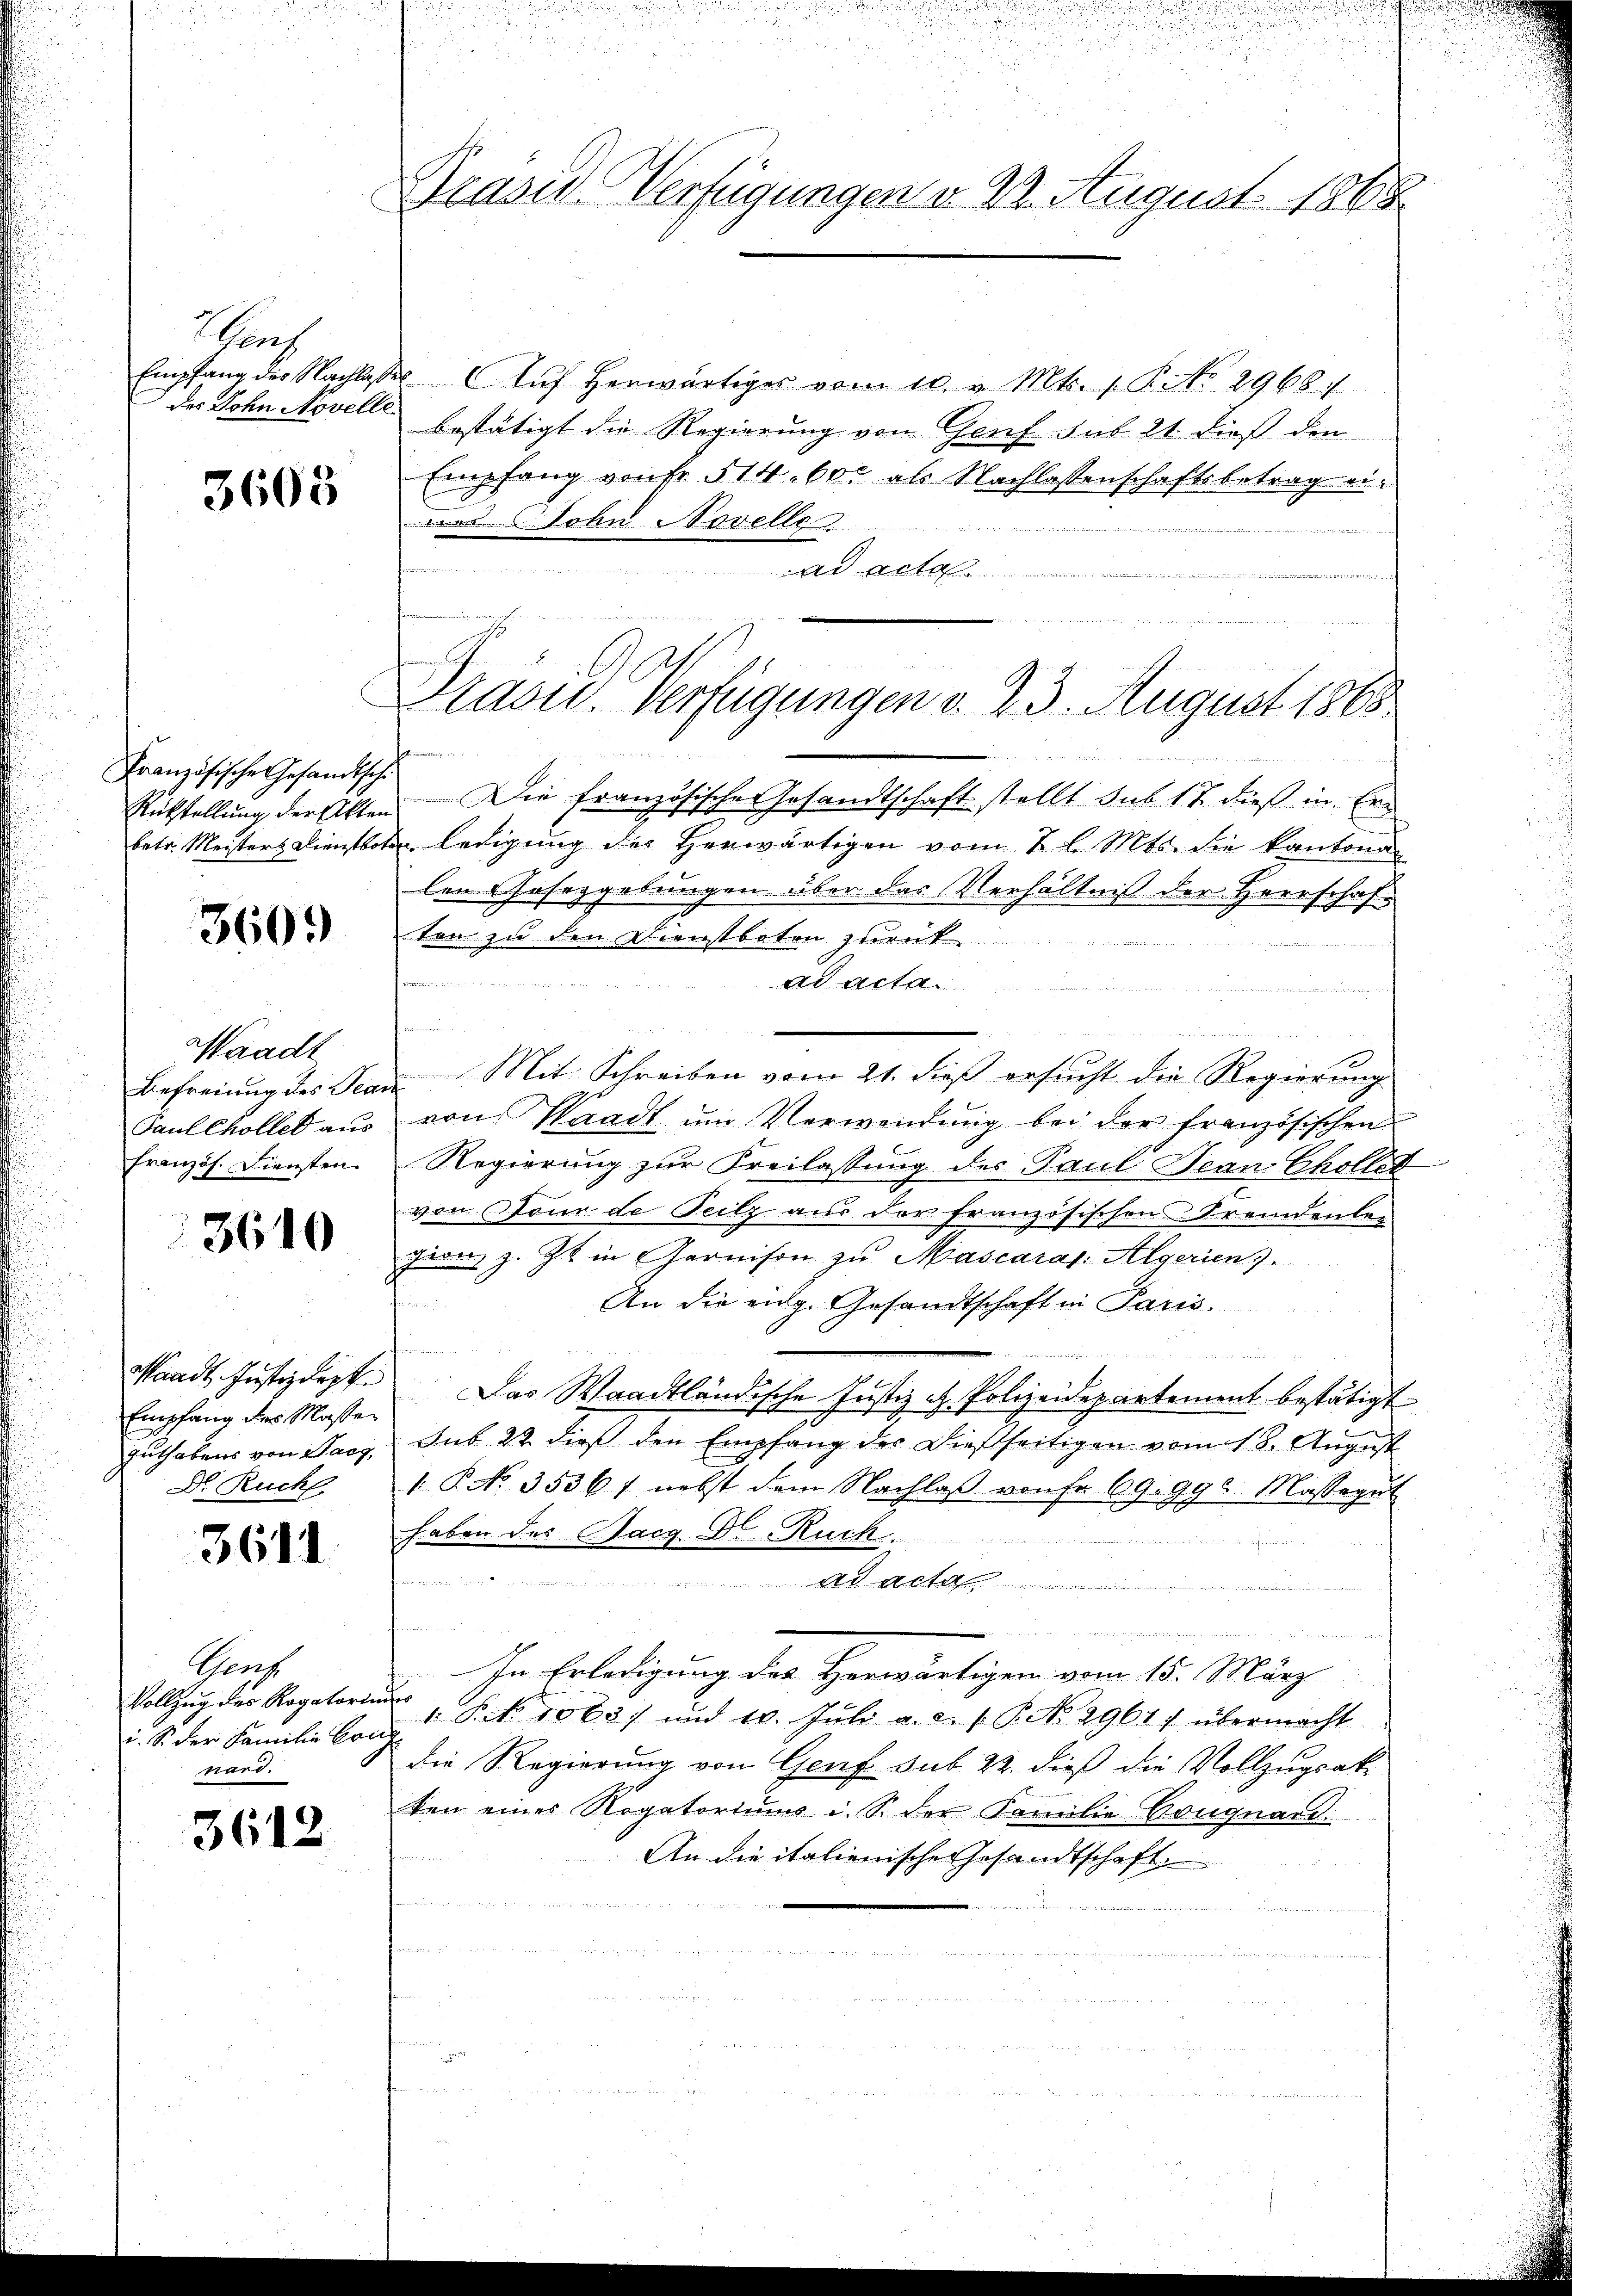
rrch
des Sohn Novelle

3608

Französische Gesandtsch
betr. Meisters Dienstbo¬

360.

Waadt
Befreiung des Tea
Paul Chöller aus
französ. Diensten

3610

Waadt, Justizdept
Empfang des Massen
Guthabens von Sarg,
Dr. Ruchf

3611

Graf
Vollzug des Rogatorin
i. So der Familie Cor
nars.

3612

Grasis Verfügungen v. 2. August 1865

Draou. Verfügungen d. 23. August 1868

Empfang der Nachlasser Aŭf herwärtiges vom 10. v. Mts. 1. P. NNo. 2968./
bestätigt die Regierung von Genf sub 21. dieß den
Empfang von Fr. 514. 600 als Nachlassenschaftsbetrag eidann Sohn Novelle

ad acto

Rückstellung der Akten. Die französische Gesandtschaft stellt sub 1. 7. dieß in Er-
In ledigung der Herwärtigen vom 7 l. Mts. die kantona
len Gesetzgebungen über das Verhältniß der Herrschaften zu den Dienstboten zurück

Bunden zu sei
Ad Act
n
 Fiebe
2
u. Mit Schreiben vom 21. dieß ersucht die Regierung
von Waadt ŭm Verwendung bei der französischen
Regierung zur Freilassung der Paul Jean Chollet
von Stone de Teilz aus der französischen Fremdenlegion, z. Zt. in Garnison zu Mascaras: Algeriens.
rin ein
An die eidg. Gesandtschaft in Paris.

Das Waadtländische Justiz - Polizeidepartement bestätigt
Sub 22 dies den Empfang des Diesseitigen vom 12. August
 P. No. 3536 f nebst dem Nachlaβ von Fr. 69. 990. Massegŭt
haben des Sarg Dr. Ruck
e
M

.
In Erledigung des Herwärtigen vom 15. März
a
1. P. No 1065/ und 10. Jŭli a. a. f. P. N. 2961) übermacht.
die Regierung von Genf sub 22. dieß die Vollzugsak
ten eines Rogatoriums u. S. der Familie Cougnard:
An die italienische Gesandtschaft,
u